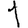
Digit: 1